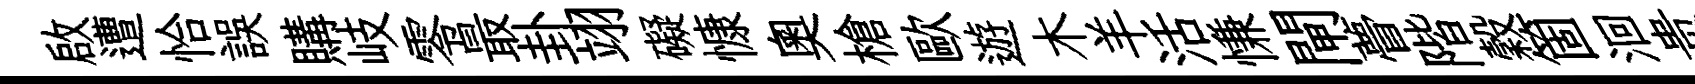
啟遭恰誤購岐零最卦翊礙慷奧槍歐遊木羊活慊閘瞢階穀箇洄贵